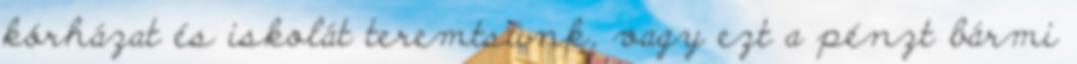
kórházat és iskolát teremtsünk, vagy ezt a pénzt bármi